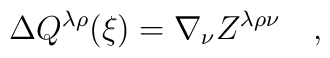
\Delta Q^{\lambda\rho}(\xi)=\nabla_\nu Z^{\lambda\rho\nu}~~~,